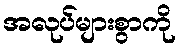
အလုပ်များစွာကို